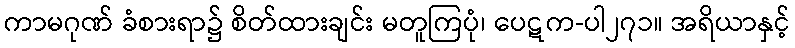
ကာမဂုဏ် ခံစားရာ၌ စိတ်ထားချင်း မတူကြပုံ၊ ပေဋက-ပါ၂၇၁။ အရိယာနှင့်